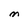
Character: M